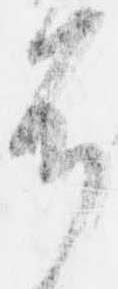
耳